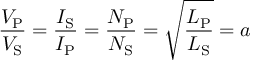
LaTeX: { \frac { V _ { \mathrm { P } } } { V _ { \mathrm { S } } } } = { \frac { I _ { \mathrm { S } } } { I _ { \mathrm { P } } } } = { \frac { N _ { \mathrm { P } } } { N _ { \mathrm { S } } } } = { \sqrt { \frac { L _ { \mathrm { P } } } { L _ { \mathrm { S } } } } } = a